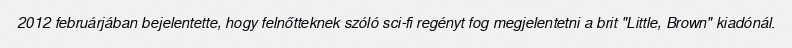
2012 februárjában bejelentette, hogy felnőtteknek szóló sci-fi regényt fog megjelentetni a brit "Little, Brown" kiadónál.